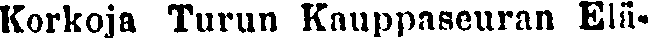
Korkoja Turun Kauppaseuran Elä-